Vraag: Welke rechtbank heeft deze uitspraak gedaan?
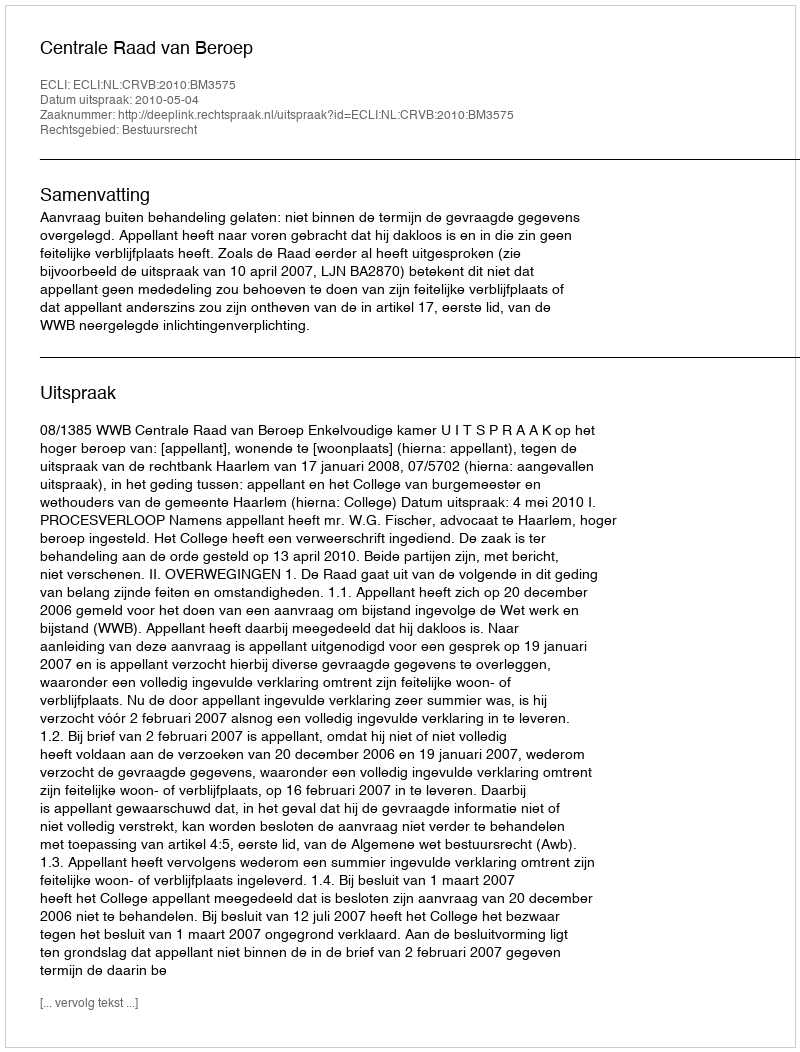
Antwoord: Centrale Raad van Beroep